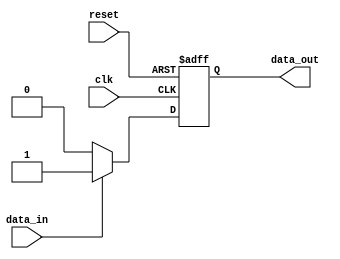
module event_control_example (
    input wire clk,           // Clock signal
    input wire reset,         // Reset signal
    input wire data_in,       // Input data signal
    output reg data_out       // Output data signal
);

    // Internal signal to hold the state
    reg [3:0] state;

    // Initial block to set the initial state
    initial begin
        state = 4'b0000;
        data_out = 1'b0;
    end

    // Always block to handle clock events
    always @(posedge clk or posedge reset) begin
        if (reset) begin
            state <= 4'b0000; // Reset state
            data_out <= 1'b0; // Reset output
        end else begin
            // Respond to data_in event
            if (data_in) begin
                state <= state + 1; // Increment state
                data_out <= 1'b1;    // Set output high
            end else begin
                data_out <= 1'b0;    // Set output low
            end
        end
    end

    // Event control block to respond to data_in changes
    always @(data_in) begin
        // This block will be triggered whenever data_in changes
        if (data_in) begin
            // Perform some action when data_in is high
            $display("Data input is high. Current state: %b", state);
        end else begin
            // Perform some action when data_in is low
            $display("Data input is low. Current state: %b", state);
        end
    end

endmodule